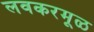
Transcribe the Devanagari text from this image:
लवकरमूळ